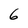
Character: 6